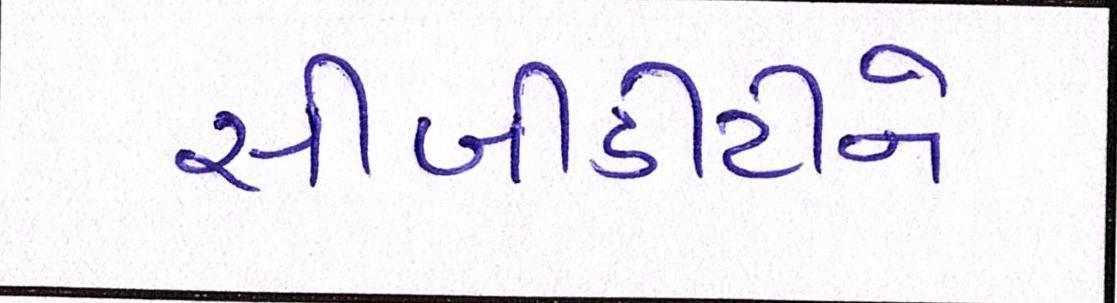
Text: સીબીડીટીને